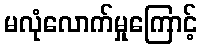
မလုံလောက်မှုကြောင့်